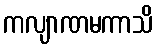
ကလျာဏမကာသိ